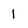
Character: I